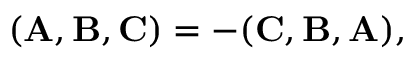
( { \bf A } , { \bf B } , { \bf C } ) = - ( { \bf C } , { \bf B } , { \bf A } ) ,